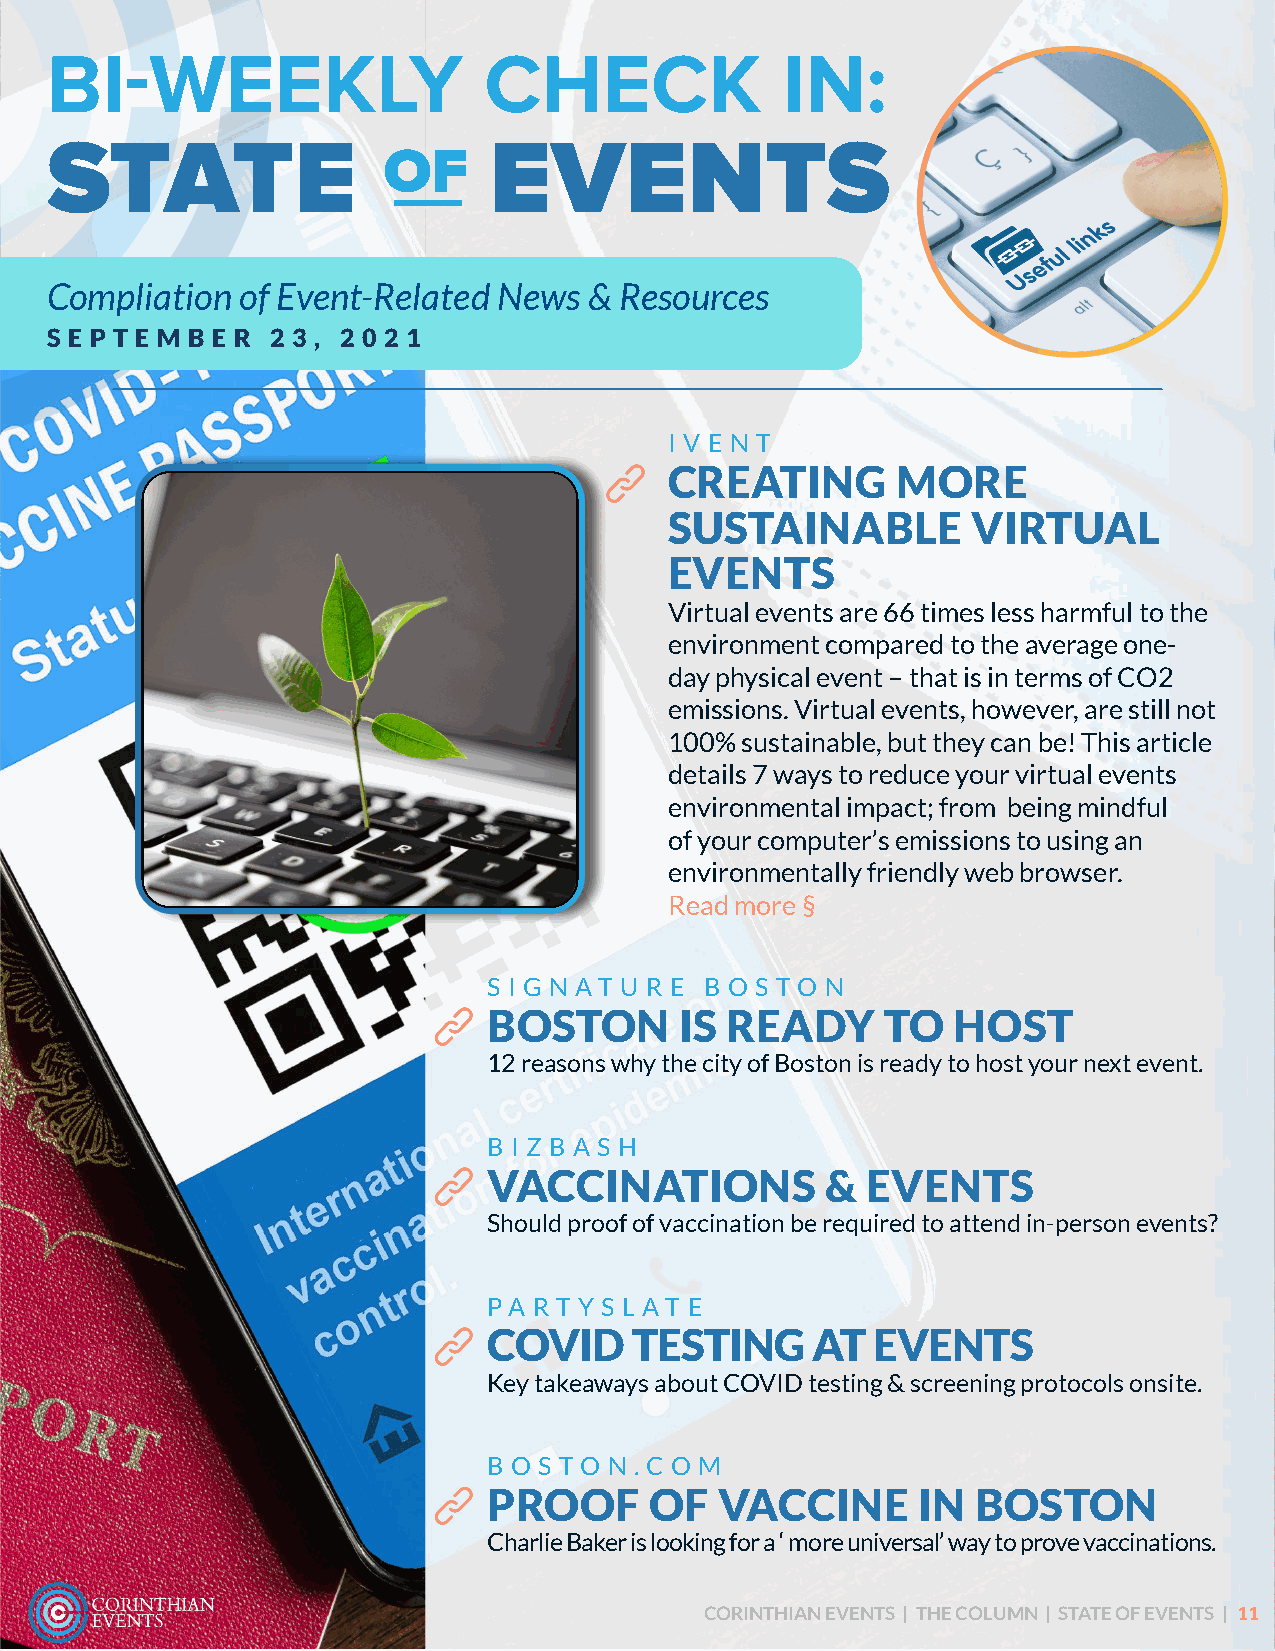
BI-WEEKLY                    CHECK               IN:
 STATE                        EVENTS
 OF
 Compliation  of Event-Related News  & Resources
 S E P T E M B E R 2 3 , 2 0 2 1
 I V E N T
 CREATING       MORE
 SUSTAINABLE         VIRTUAL
 EVENTS
 Virtual events are 66 times less harmful to the
 environment compared to the average one-
 day physical event – that is in terms of CO2
 emissions. Virtual events, however, are still not
 100% sustainable, but they can be! This article
 details 7 ways to reduce your virtual events
 environmental impact; from being mindful
 of your computer’s emissions to using an
 environmentally friendly web browser.
 Read more §
 S I G N AT U R E B O S T O N
 BOSTON       IS READY      TO  HOST
 12 reasons why the city of Boston is ready to host your next event.
 B I Z B A S H
 VACCINATIONS           & EVENTS
 Should proof of vaccination be required to attend in-person events?
 PA R T Y S L AT E
 COVID     TESTING     AT  EVENTS
 Key takeaways about COVID testing & screening protocols onsite.
 B O S T O N . C O M
 PROOF      OF   VACCINE      IN  BOSTON
 Charlie Baker is looking for a ‘ more universal’ way to prove vaccinations.
 10                                             CORINTHIAN EVENTS | THE COLUMN | STATE OF EVENTS | 11